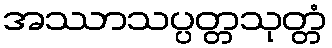
အဿာသပ္ပတ္တသုတ္တံ